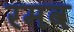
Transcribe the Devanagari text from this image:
रमव